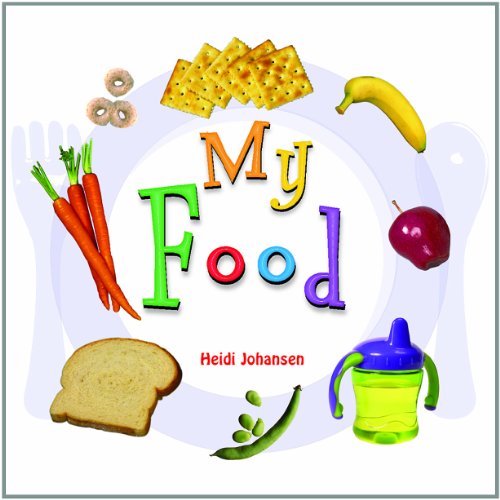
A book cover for My Food (Board Books); Heidi Leigh Johansen; Children's Books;